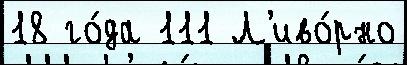
18 го́да 111 Л'иво́рно